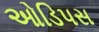
ઓડિપસ